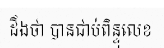
ដឹងថា បានជាប់ពិន្ទុលេខ